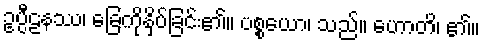
ဥပ္ပီဠနဿ၊ ခြေကိုနှိပ်ခြင်း၏။ ပစ္စယော၊ သည်။ ဟောတိ၊ ၏။